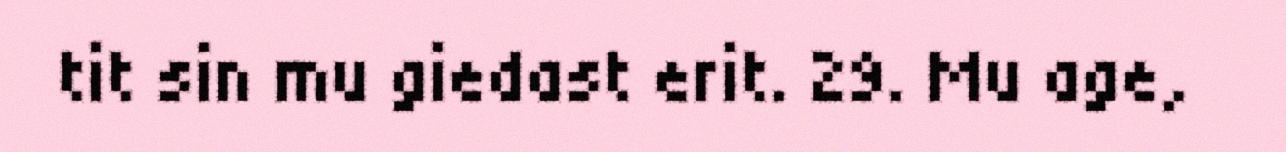
tit sin mu giedast erit. 29. Mu age,